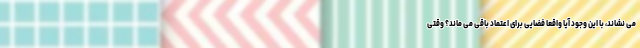
می نشاند، با این وجود آیا واقعا فضایی برای اعتماد باقی می ماند؟ وقتی